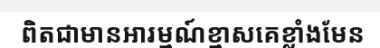
ពិតជាមានអារម្មណ៍ខ្មាសគេខ្លាំងមែន